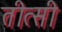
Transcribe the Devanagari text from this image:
तीत्सी